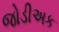
જોડીઅક